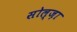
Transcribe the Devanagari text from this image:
सोल्ज़ा